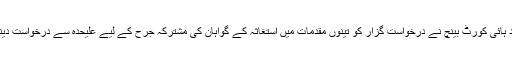
ان خدشات پر اسلام آباد ہائی کورٹ بینچ نے درخواست گزار کو تینوں مقدمات میں استغاثہ کے گواہان کی مشترکہ جرح کے لیے علیحدہ سے درخواست دینے کی ہدایت کی تھی۔